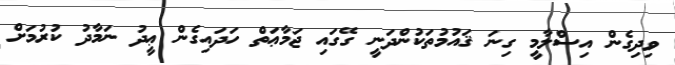
ވިދިގެން އިސްލާމީ ގިނަ ޤައުމުތަކުންދަނީ ގޭގައި ޖަމާޢަތް ހަދައިގެން ޢީދު ނަމާދު ކުރުމަށް